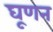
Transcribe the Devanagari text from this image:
घूणन